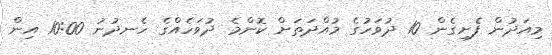
މިއަދުން ފެށިގެން 10 ދުވަހުގެ މުއްދަތަށް ކޮންމެ ދުވަހެއްގެ ހެނދުނު 10:00 އިން